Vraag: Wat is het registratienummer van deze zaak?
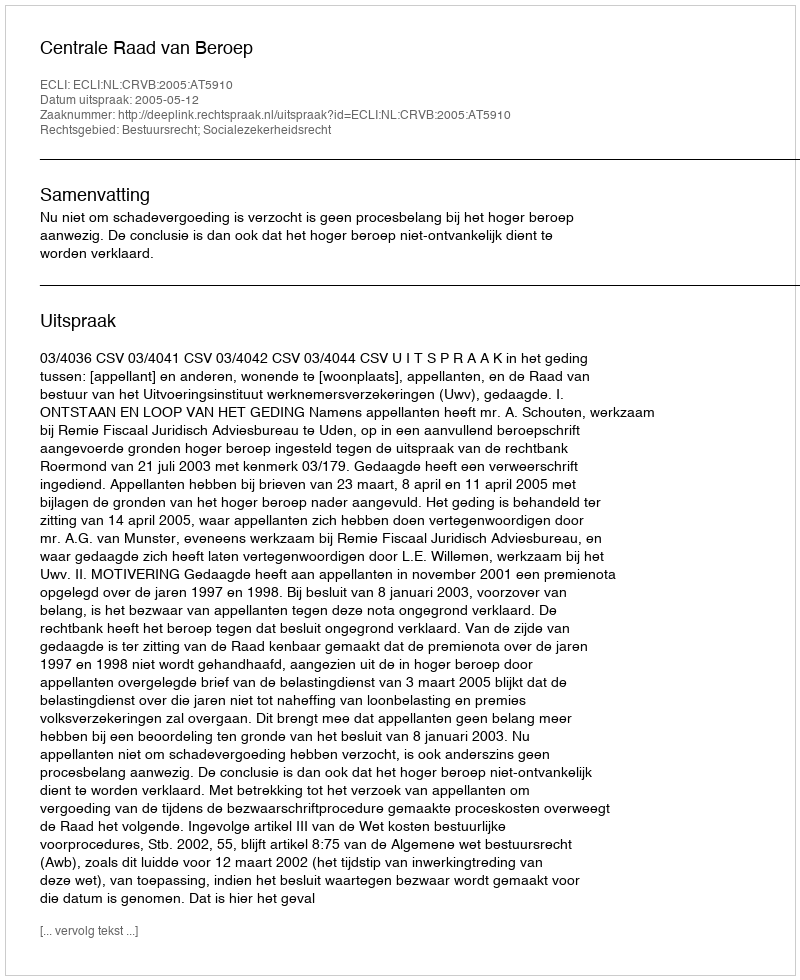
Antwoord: http://deeplink.rechtspraak.nl/uitspraak?id=ECLI:NL:CRVB:2005:AT5910